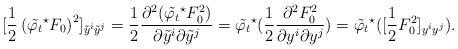
LaTeX: \begin{align*}[\frac{1}{2} \left(\tilde{\varphi_t}^\star F_0\right)^2]_{\tilde y^{i} \tilde y^{j}}=\frac{1}{2} {\frac{\partial ^2 (\tilde{\varphi_t}^{\star}F_0^2)}{\partial \tilde y^{i} \partial \tilde y^{j}}}=\tilde{\varphi_t}^\star(\frac{1}{2} \frac{\partial^2 F_0^2}{\partial y^i \partial y^j})=\tilde{\varphi_t}^\star([\frac{1}{2} F_0^2]_{y^i y^j}).\end{align*}